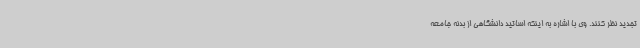
تجدید نظر کنند. وی با اشاره به اینکه اساتید دانشگاهی از بدنه جامعه